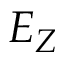
E _ { Z }